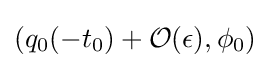
(q_{0}(-t_{0})+{\mathcal {O}}(\epsilon ),\phi _{0})